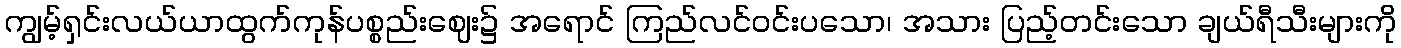
ကျွမ့်ရှင်းလယ်ယာထွက်ကုန်ပစ္စည်းဈေး၌ အရောင် ကြည်လင်ဝင်းပသော၊ အသား ပြည့်တင်းသော ချယ်ရီသီးများကို